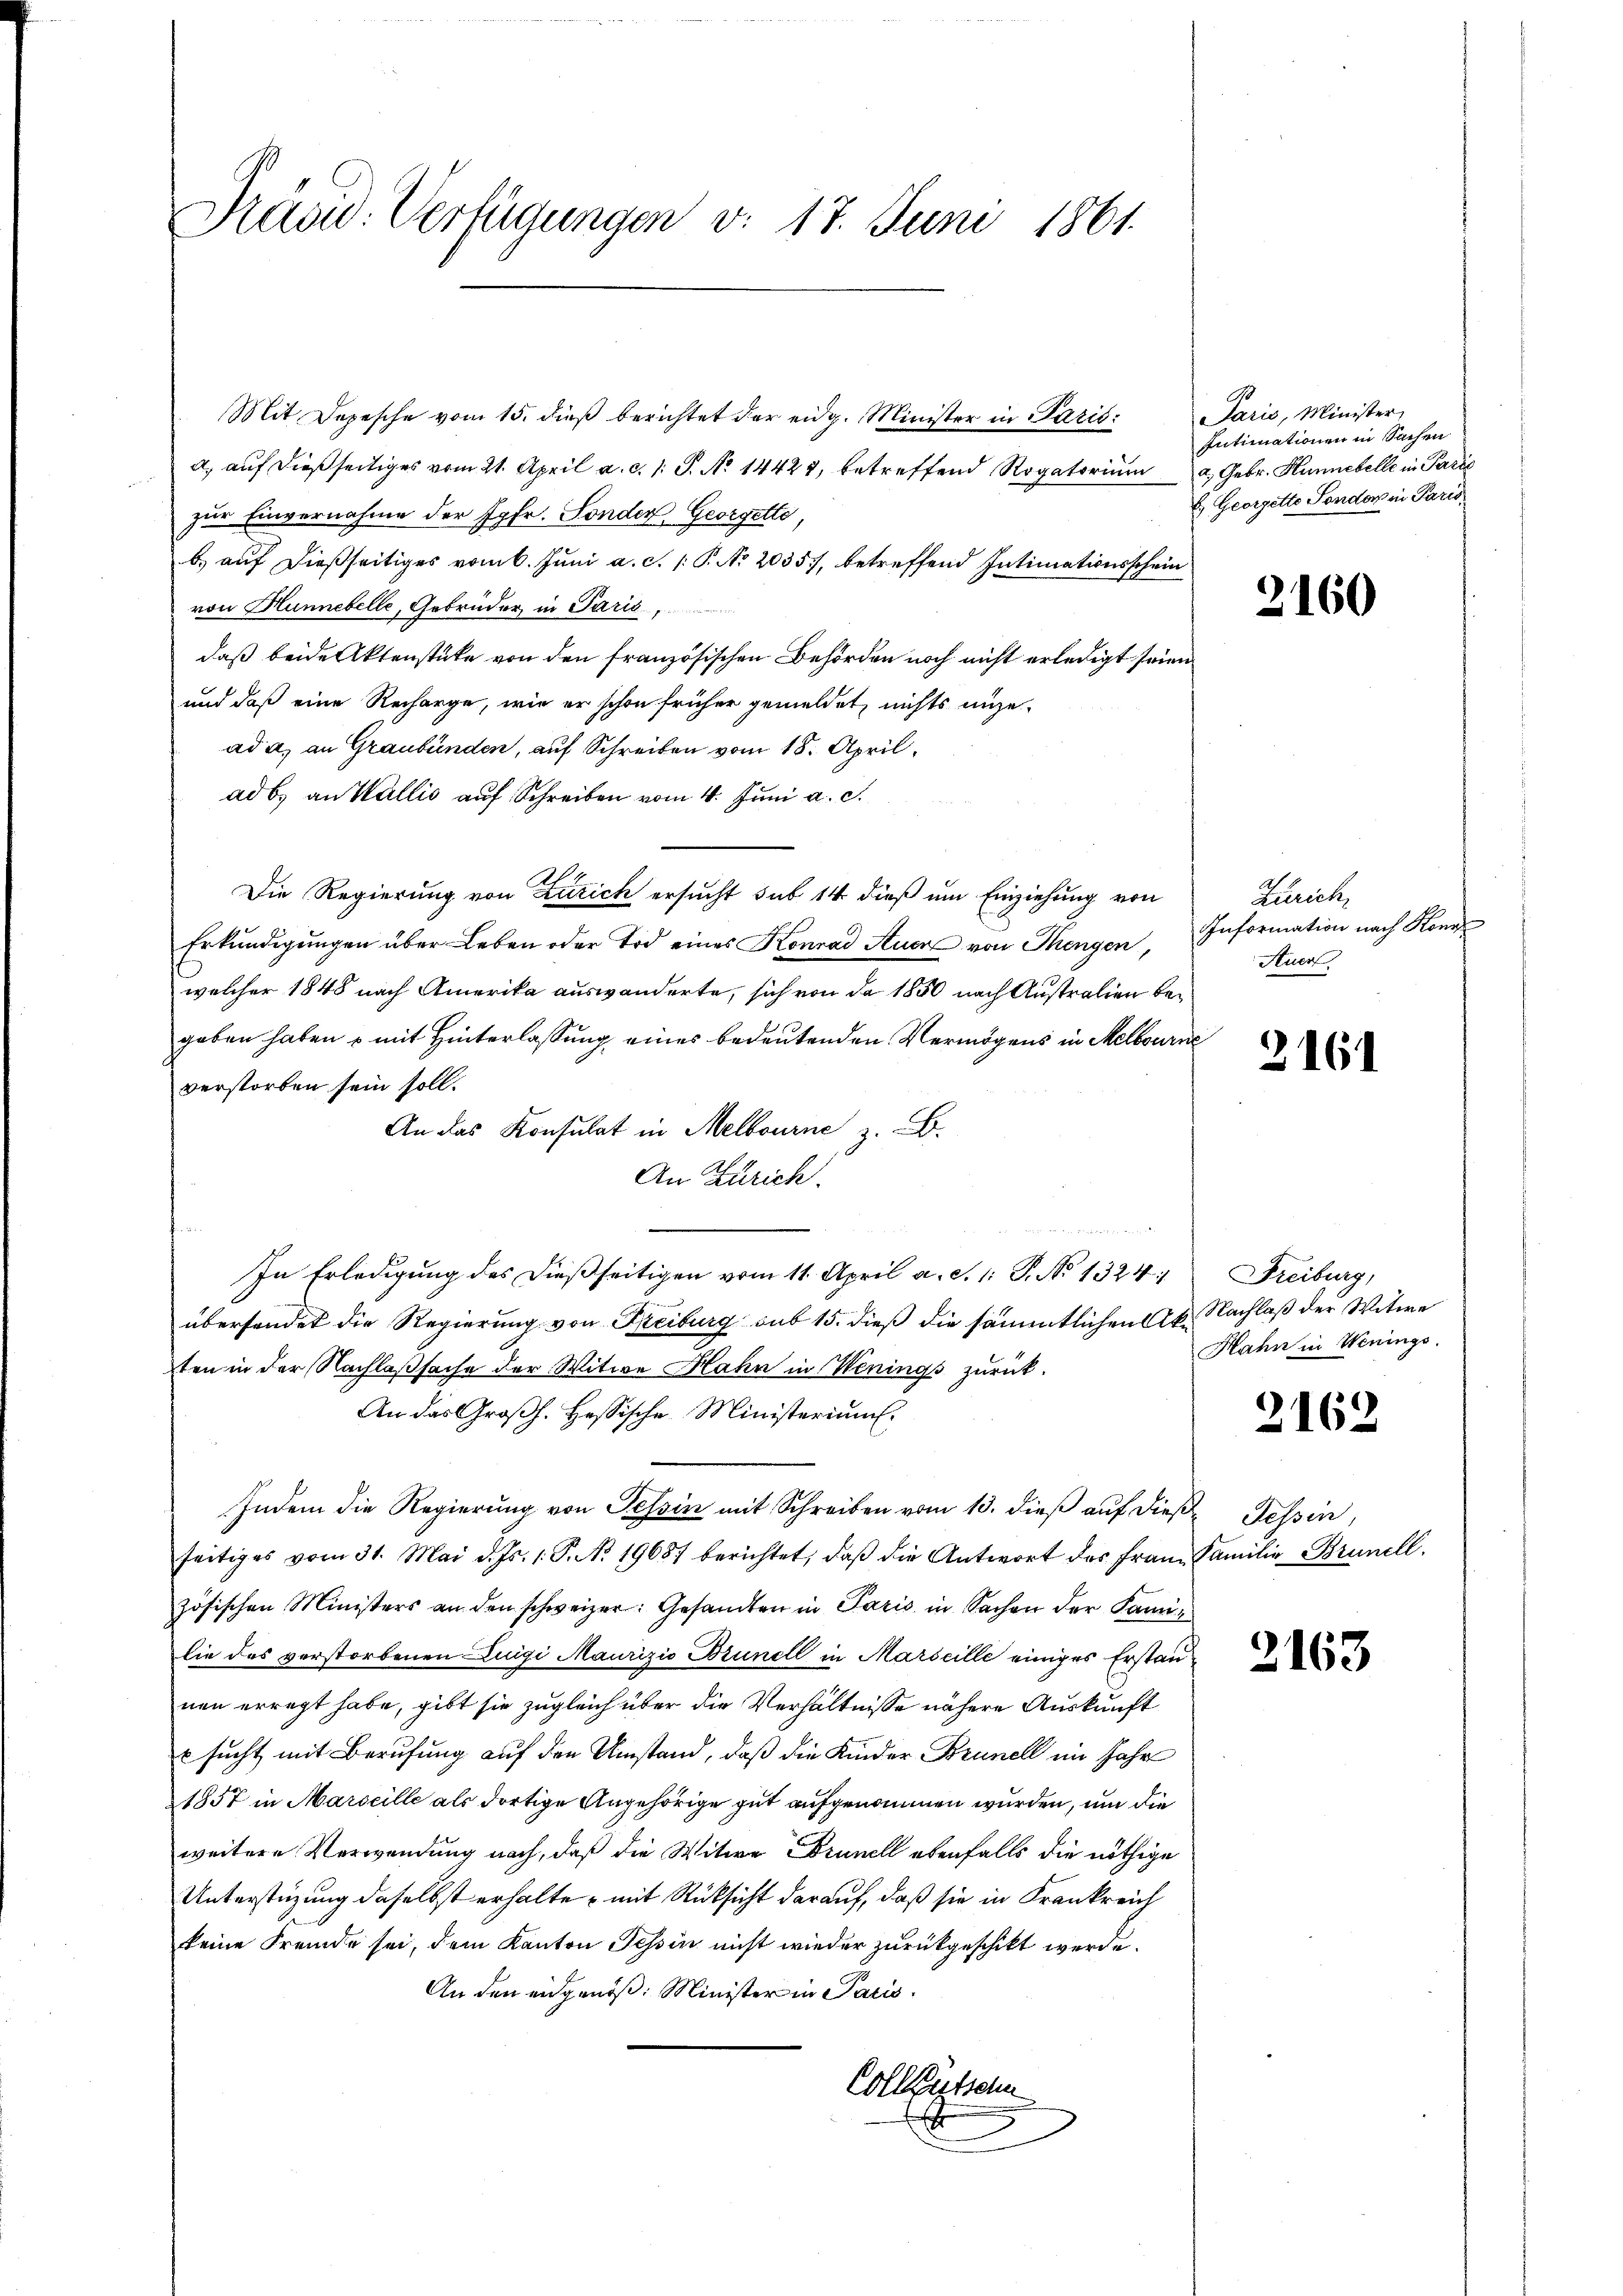
Präsid. Verfügungen v. 17. Juni 1861.

Mit Depesche vom 15. dieß berichtet der eidg. Minister in Paris.
a, auf dießseitiges vom 21. April a. c. s. S. No 14427, betreffend Rogatorium Gebr. Hunnebelle in Paris
zur Einvernahme der Jgfr. Sonder Georgelte,
b.) auf dießseitiges vom 6. Juni a. c. 1. P. No 2035, betreffend Intimationsschein
von Hunnebelle, Gebrüder in Paris,
daß beide Aktenstüke von den französischen Behörden noch nicht erledigt seien
und daß eine Recharge, wie er schon früher gemeldet, nichts ingead a. an Graubünden, auf Schreiben vom 18. April.
ad b. an Wallis auf Schreiben vom 4. Juni a. c.
Die Regierung von Zürich ersucht sub 14 dieß um Einziehung von
Erkŭndigŭngen über Leben oder Tod eines Konrad Auer von Thengen. Information nach Kon
welcher 1848 nach Amerika auswanderte, sich von da 1850 nach Anstralien begeben haben – mit Hinterlassung eines bedeutenden Vermögens in Melbourn
verstorben sein soll.
An das Konsulat in Melbourne
An Zürich.
.
e

In Erledigung des dießseitigen vom 11. April a. S. 1: P. No 1324
übersendet die Regierung von Freiburg sub 15. dieß die sämmtlichen Ab. Nachlaß der Witwe
ten in der Nachlaßsache der Witwe Hahn in Wenings zurück.
An das Großh. Hessische Ministeriums.
Indem die Regierung von Tessin mit Schreiben vom 13. dieß auf dies Tessin,
seitiges vom 31. Mai d. Js. 1. P. Nr. 19657 berichtet, daβ die Antwort des Franz Familie Brunell.
zösischen Ministers an den schweizer: Gesandten in Paris in Sachen der Familie des verstorbenen Luigi Maurizio Brunell in Marseille einiges Erstaunen erregt habe, gibt sie zugleich über die Verhältnisse nähere Auskunft
x sucht mit Berufung auf den Umstand, daß die Kinder Brunell im Jahr
1857 in Marseille als dortige Angehörige gut aufgenommen wurden, um die
weitere Verwendung nach, daß die Witwe Drunel ebenfalls die nöthige
Unterstüzung daselbst erhalte, mit Rücksicht darauf, daß sie in Frankreich
keine Fremde sei, dem Kanton Tessin nicht wieder zurückgeschickt werde.
An den eidgenöß: Minister in Paris
Coll Kutschn

d

Paris, Minister,
Intimationen in Sachen
E. Georgetto London in Paris

2160

Zunck
Atuer

2161

Freiburg,
Hahn in Wenings.

2162

2163